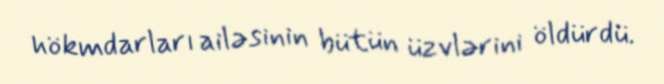
hökmdarları ailəsinin bütün üzvlərini öldürdü.